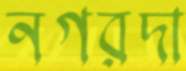
নগরদা